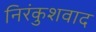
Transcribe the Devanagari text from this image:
निरंकुशवाद